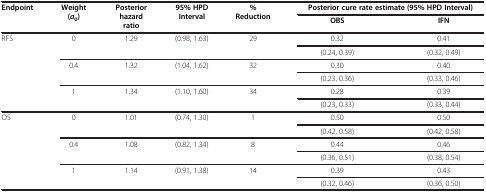
| <ROWSPAN=2> Endpoint | <ROWSPAN=2> Weight (a0) | <ROWSPAN=2> Posterior hazard ratio | <ROWSPAN=2> 95% HPD Interval | <ROWSPAN=2> % Reduction | <COLSPAN=2> Posterior cure rate estimate (95% HPD Interval) |
 | OBS | IFN |
 | --- | --- | --- | --- | --- | --- | --- |
 | <ROWSPAN=6> RFS | <ROWSPAN=2> 0 | <ROWSPAN=2> 1.29 | <ROWSPAN=2> (0.98, 1.63) | <ROWSPAN=2> 29 | 0.32 | 0.41 |
 | (0.24, 0.39) | (0.32, 0.49) |
 | <ROWSPAN=2> 0.4 | <ROWSPAN=2> 1.32 | <ROWSPAN=2> (1.04, 1.62) | <ROWSPAN=2> 32 | 0.30 | 0.40 |
 | (0.23, 0.36) | (0.33, 0.46) |
 | <ROWSPAN=2> 1 | <ROWSPAN=2> 1.34 | <ROWSPAN=2> (1.10, 1.60) | <ROWSPAN=2> 34 | 0.28 | 0.39 |
 | (0.23, 0.33) | (0.33, 0.44) |
 | <ROWSPAN=6> OS | <ROWSPAN=2> 0 | <ROWSPAN=2> 1.01 | <ROWSPAN=2> (0.74, 1.30) | <ROWSPAN=2> 1 | 0.50 | 0.50 |
 | (0.42, 0.58) | (0.42, 0.58) |
 | <ROWSPAN=2> 0.4 | <ROWSPAN=2> 1.08 | <ROWSPAN=2> (0.82, 1.34) | <ROWSPAN=2> 8 | 0.44 | 0.46 |
 | (0.36, 0.51) | (0.38, 0.54) |
 | <ROWSPAN=2> 1 | <ROWSPAN=2> 1.14 | <ROWSPAN=2> (0.91, 1.38) | <ROWSPAN=2> 14 | 0.39 | 0.43 |
 | (0.32, 0.46) | (0.36, 0.50) |